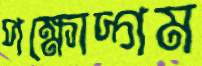
পক্ষোদ্গম